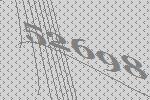
52698